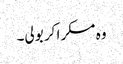
وہ مسکرا کر بولی۔